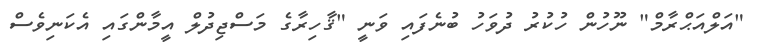
"އަލްއަޙްރާމް" ނޫހުން ހުކުރު ދުވަހު ބުނެފައި ވަނީ "ޤާހިރާގެ މަސްޖިދުލް އީމާންގައި އެކަނިވެސް